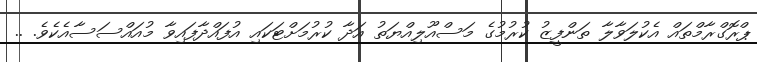
ޕްރޮގްރާމްތައް އެކުލަވާލާ ތަންފީޒު ކުރުމުގެ މަސްއޫލިއްޔަތު އަދާ ކުރުމަށްޓަކައި އުފައްދާފައިވާ މުއައްސަސާއެކެވެ. ..